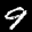
Label: 9